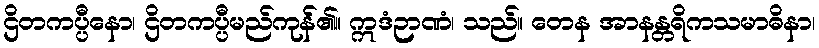
ဌိတကပ္ပီနော၊ ဌိတကပ္ပီမည်ကုန်၏။ ဣဒံဉာဏံ၊ သည်။ တေန အာနန္တရိကသမာဓိနာ၊